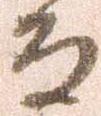
而